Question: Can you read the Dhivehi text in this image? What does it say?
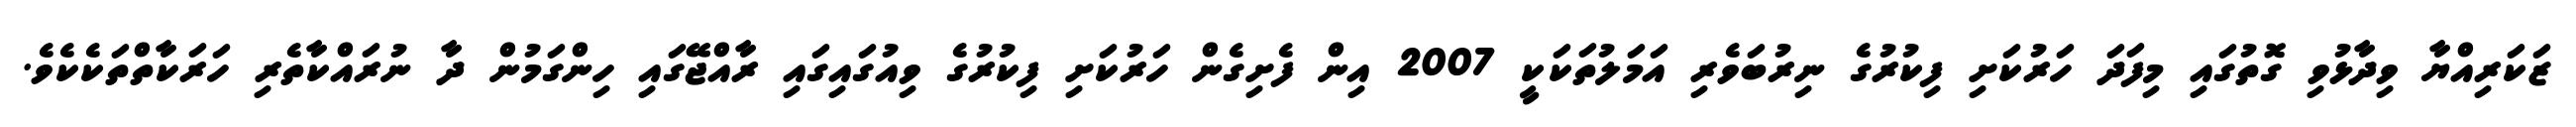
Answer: ޒަކަރިއްޔާ ވިދާޅުވި ގޮތުގައި މިފަދަ ހަރުކަށި ފިކުރުގެ ނިރުބަވެރި އަމަލުތަކަކީ 2007 އިން ފެށިގެން ހަރުކަށި ފިކުރުގެ ވިއުގައިގައި ރާއްޖޭގައި ހިންގަމުން ދާ ނުރައްކާތެރި ހަރަކާތްތަކެކެވެ.